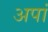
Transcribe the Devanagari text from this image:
अपां